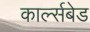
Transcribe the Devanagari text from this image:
कार्ल्सबेड